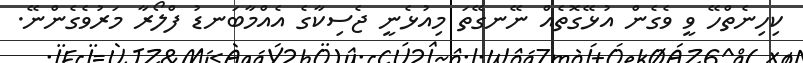
ކިހިނެތްހޭ ވީ ވެގެން އުޅޭގޮތެއް ނޭނގޭތަ މިއުޅެނީ ޖެސިކާގެ އެއްމާބަނޑު ފްލޯރާ މަރުވެގެންނޭ.